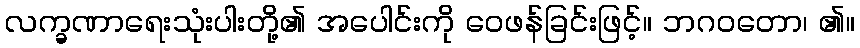
လက္ခဏာရေးသုံးပါးတို့၏ အပေါင်းကို ဝေဖန်ခြင်းဖြင့်။ ဘဂဝတော၊ ၏။